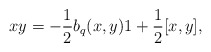
\begin{align*}xy=-\frac{1}{2}b_q(x,y)1+ \frac{1}{2}[x,y],\end{align*}